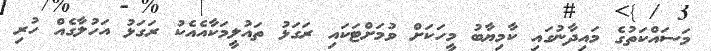
މަސައްކަތުގެ މައިދާނުގައި ކާމިޔާބު މީހަކަށް ވުމަށްޓަކައި ރަގަޅު ތައުލީމަކާއެއެކު ރަގަޅު އަހުލާގެއް ހުރި